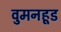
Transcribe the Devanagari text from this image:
वुमनहूड